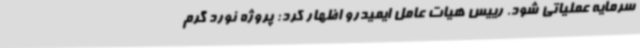
سرمایه عملیاتی شود. رییس هیات عامل ایمیدرو اظهار کرد: پروژه نورد گرم